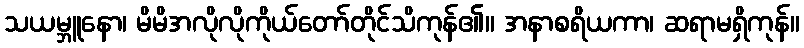
သယမ္ဘူနော၊ မိမိအလိုလိုကိုယ်တော်တိုင်သိကုန်၏။ အနာစရိယကာ၊ ဆရာမရှိကုန်။